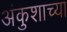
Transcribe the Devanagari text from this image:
अंकुशाच्या